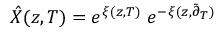
\hat { X } ( z , T ) = e ^ { \xi ( z , T ) } \; e ^ { - \xi ( z , \tilde { \partial } _ { T } ) }